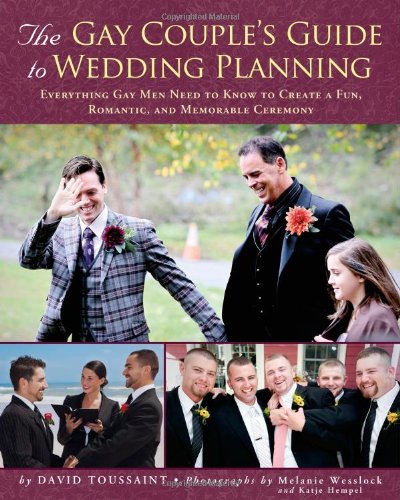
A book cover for The Gay Couple's Guide to Wedding Planning: Everything Gay Men Need to Know to Create a Fun, Romantic, and Memorable Ceremony; David Toussaint; Crafts, Hobbies & Home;